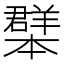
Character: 𦏓